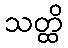
သတ္ထိ